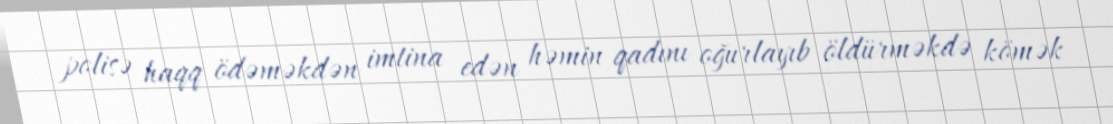
polisə haqq ödəməkdən imtina edən həmin qadını oğurlayıb öldürməkdə kömək